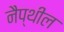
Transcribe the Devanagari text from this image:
नैप्थील